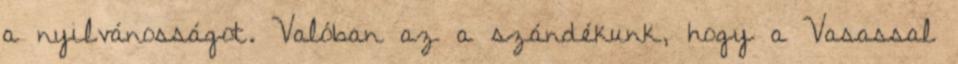
a nyilvánosságot. Valóban az a szándékunk, hogy a Vasassal